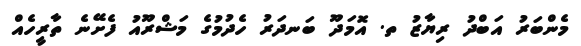
މެންބަރު އަބްދު ރިޔާޒު ތ. އޮމަދޫ ބަނދަރު ހެދުމުގެ މަޝްރޫއު ފެށޭނެ ތާރީހެއް